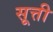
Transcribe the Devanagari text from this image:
सूत्ती